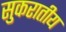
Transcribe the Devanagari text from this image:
सुकरातीय